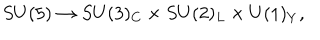
LaTeX: S U ( 5 ) \rightarrow S U ( 3 ) _ { C } \times S U ( 2 ) _ { L } \times U ( 1 ) _ { Y } ,